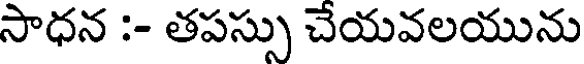
సాధన :- తపస్సు చేయవలయును